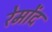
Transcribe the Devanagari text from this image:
रेमोंद